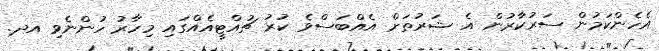
އެހެންކަމުން ސަރުކާރުން އެ ޝަރުތަށް އެއްބަސްވެ ކުރު ޗުއްޓީއެއްގައި މިހާރު ހުންނެވި އދ.